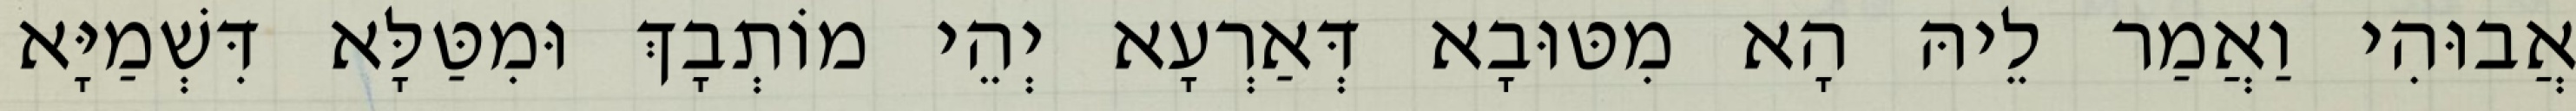
אֲבוּהִי וַאֲמַר לֵיהּ הָא מִטּוּבָא דְּאַרְעָא יְהֵי מוֹתְבָךְ וּמִטַּלָּא דִּשְׁמַיָּא